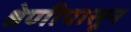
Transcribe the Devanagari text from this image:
श्रेणीपासून